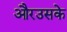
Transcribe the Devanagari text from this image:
औरउसके